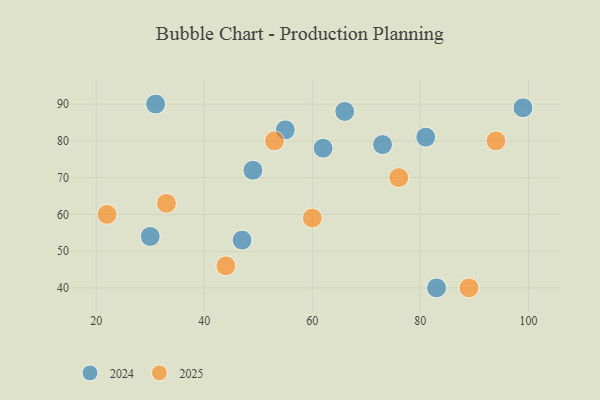
{"axis": {"x": "GDP", "y": "Life Expectancy"}, "legend": ["2024", "2025"], "data": [{"x": "60", "y": 59, "type": "2025"}, {"x": "22", "y": 60, "type": "2025"}, {"x": "33", "y": 63, "type": "2025"}, {"x": "44", "y": 46, "type": "2025"}, {"x": "94", "y": 80, "type": "2025"}, {"x": "53", "y": 80, "type": "2025"}, {"x": "89", "y": 40, "type": "2025"}, {"x": "76", "y": 70, "type": "2025"}, {"x": "55", "y": 83, "type": "2024"}, {"x": "62", "y": 78, "type": "2024"}, {"x": "73", "y": 79, "type": "2024"}, {"x": "30", "y": 54, "type": "2024"}, {"x": "83", "y": 40, "type": "2024"}, {"x": "47", "y": 53, "type": "2024"}, {"x": "49", "y": 72, "type": "2024"}, {"x": "99", "y": 89, "type": "2024"}, {"x": "31", "y": 90, "type": "2024"}, {"x": "66", "y": 88, "type": "2024"}, {"x": "81", "y": 81, "type": "2024"}]}